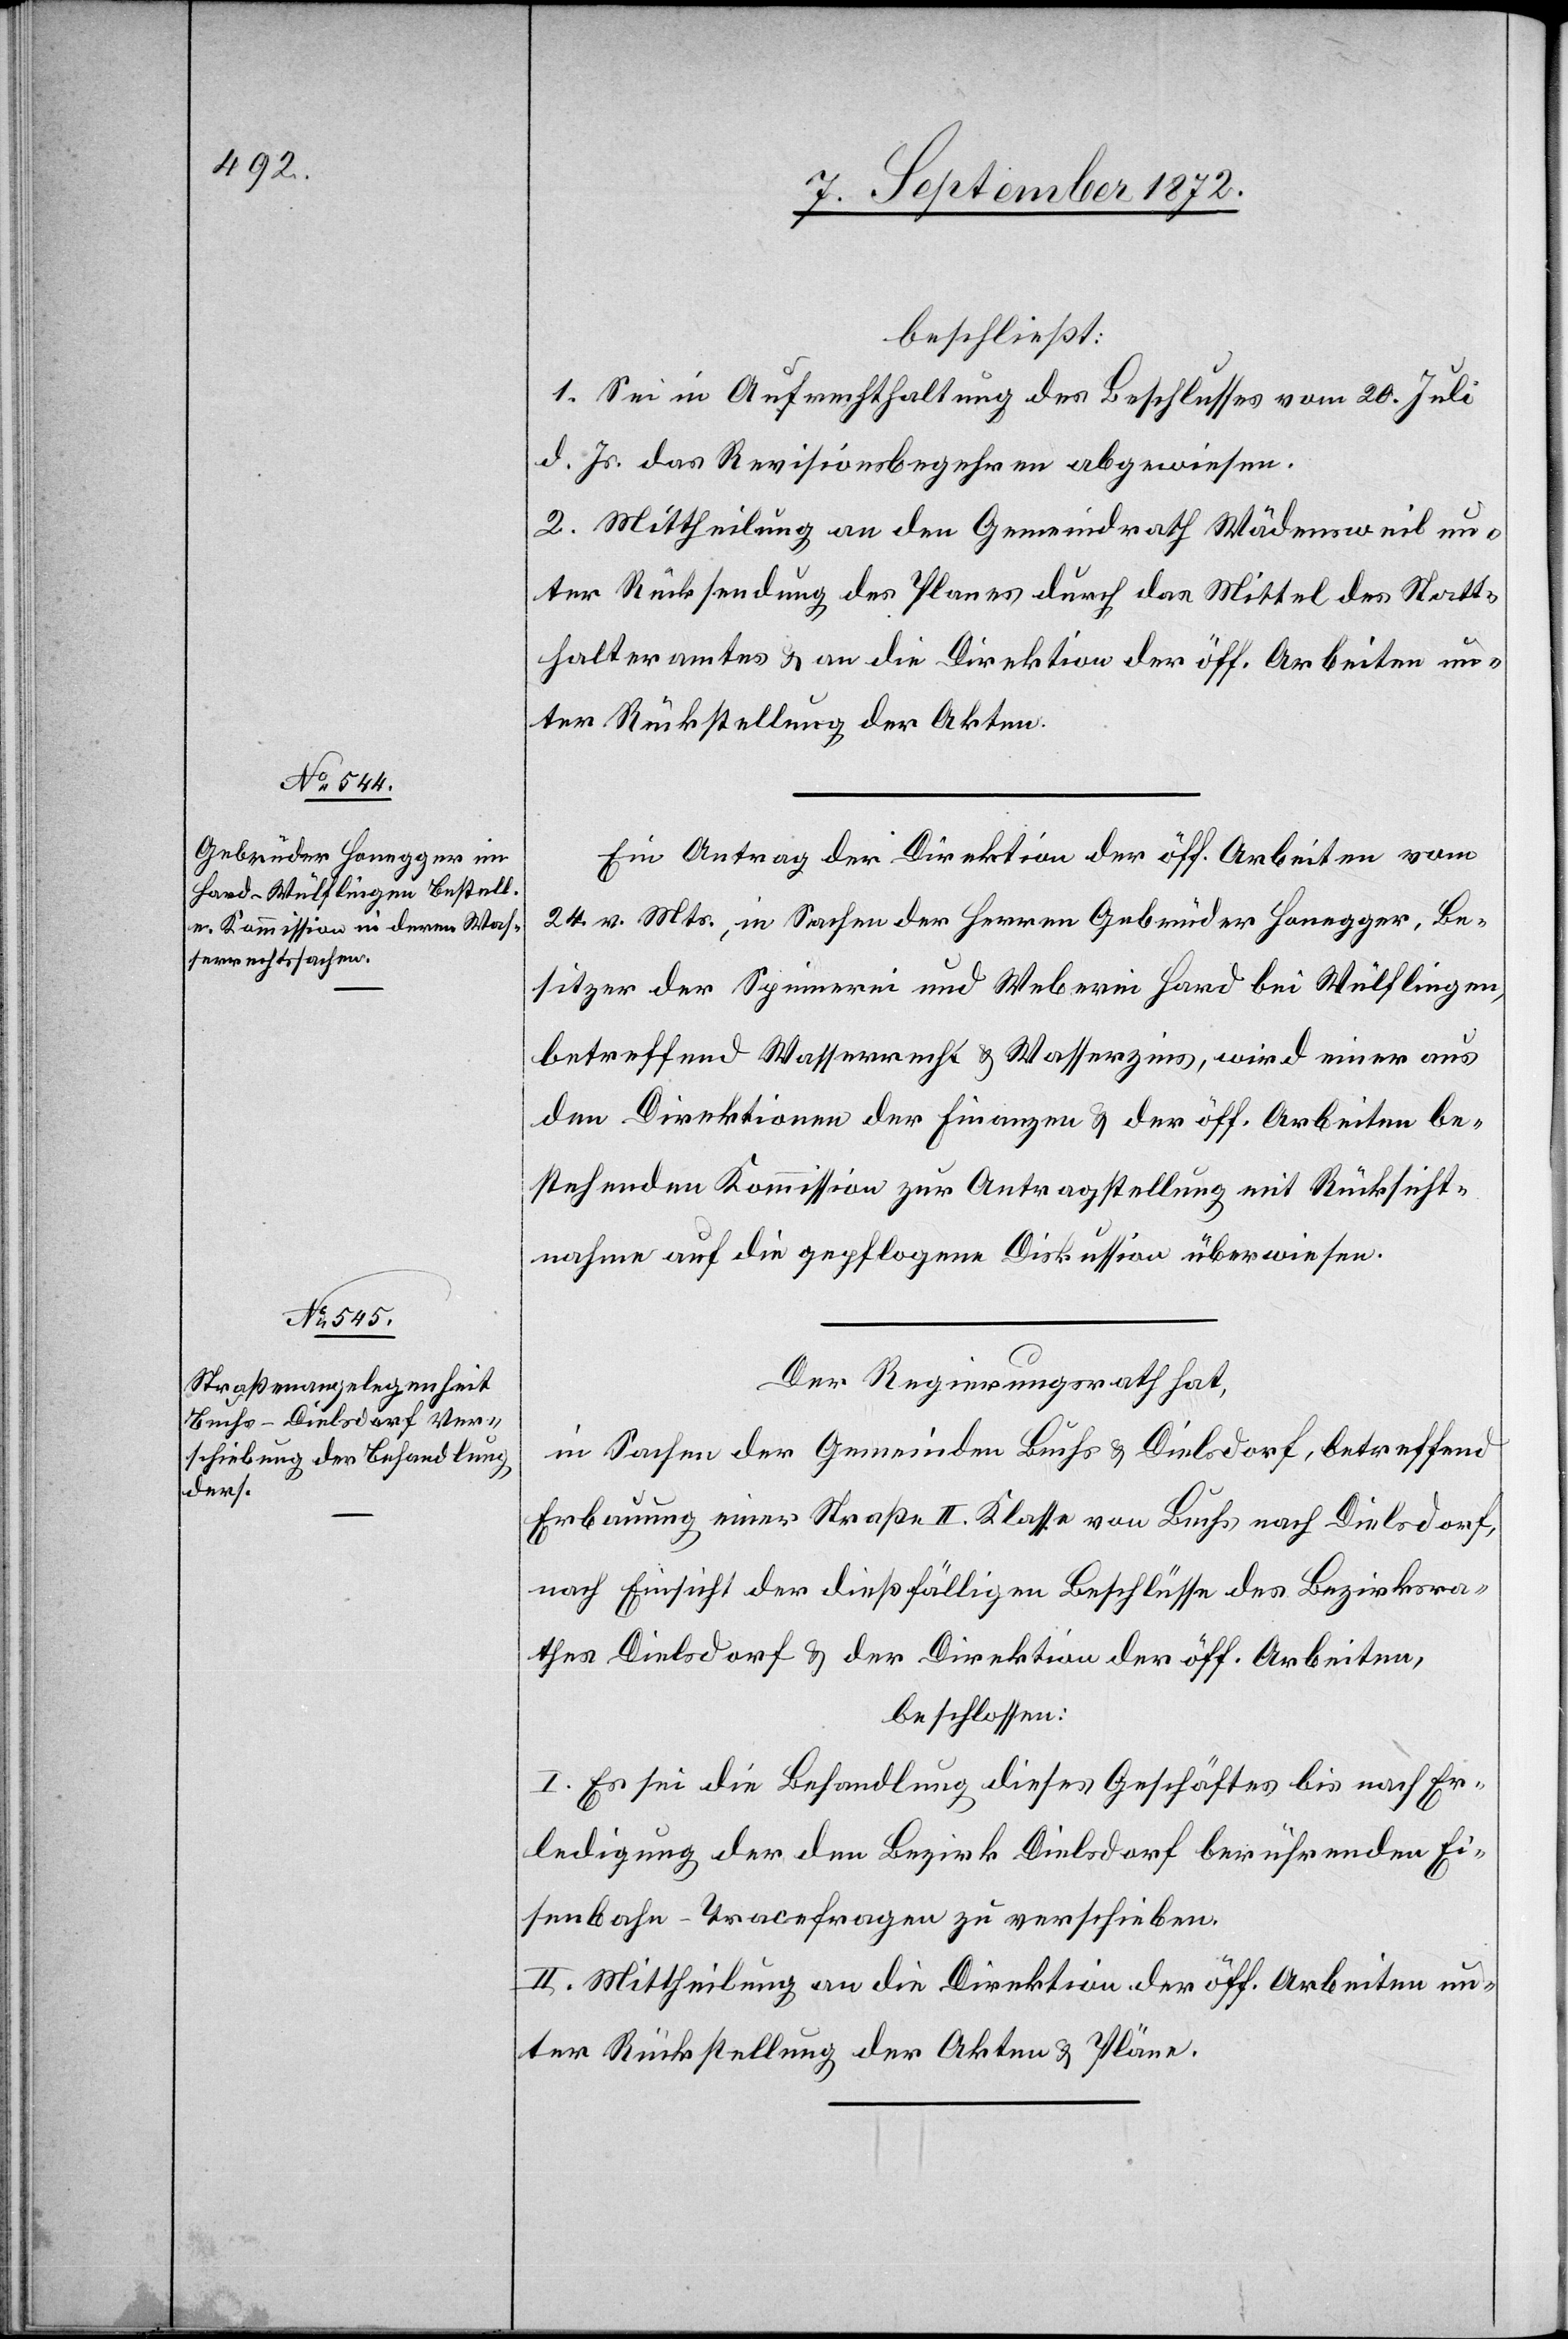
beschließt:
1. Sei in Aufrechthaltung des Beschlusses vom 20. Juli
d. Js. das Revisionsbegehren abgewiesen.
2. Mittheilung an den Gemeindrath Wädensweil un¬
ter Rücksendung des Planes durch das Mittel des Statt¬
halteramtes u. an die Direktion der öff. Arbeiten un¬
ter Rückstellung der Akten.
Ein Antrag der Direktion der öff. Arbeiten vom
24. v. Mts., in Sachen der Herren Gebrüder Honegger, Be¬
sitzer der Spinnerei und Weberei Hard bei Wülflingen,
betreffend Wasserrecht u. Wasserzins, wird einer aus
den Direktionen der Finanzen u. der öff. Arbeiten be¬
stehenden Kommission zur Antragstellung mit Rücksicht¬
nahme auf die gepflogene Diskussion überwiesen.
Der Regierungsrath hat,
in Sachen der Gemeinde Buchs u. Dielsdorf, betreffend
Erbauung einer Straße II. Klasse von Buchs nach Dielsdorf,
nach Einsicht der dießfälligen Beschlüsse des Bezirksra¬
thes Dielsdorf u. der Direktion der öff. Arbeiten,
beschlossen:
I. Es sei die Behandlung dieses Geschäftes bis nach Er¬
ledigung der den Bezirk Dielsdorf berührenden Ei¬
senbahn–Tracefragen zu verschieben.
II. Mittheilung an die Direktion der öff. Arbeiten un¬
ter Rückstellung der Akten u. Pläne.